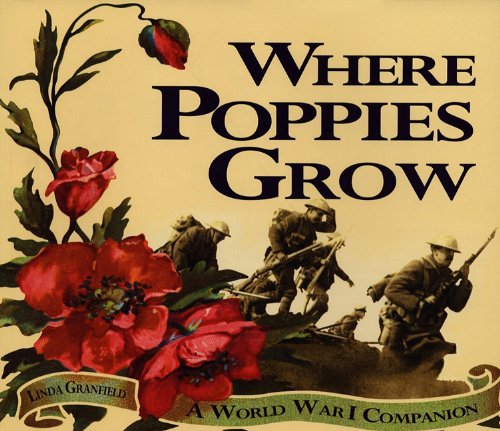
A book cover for Where Poppies Grow: A World War I Companion; Linda Granfield; Children's Books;